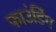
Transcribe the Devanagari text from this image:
फाउंडिंग